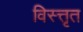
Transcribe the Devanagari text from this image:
विस्त्तृत